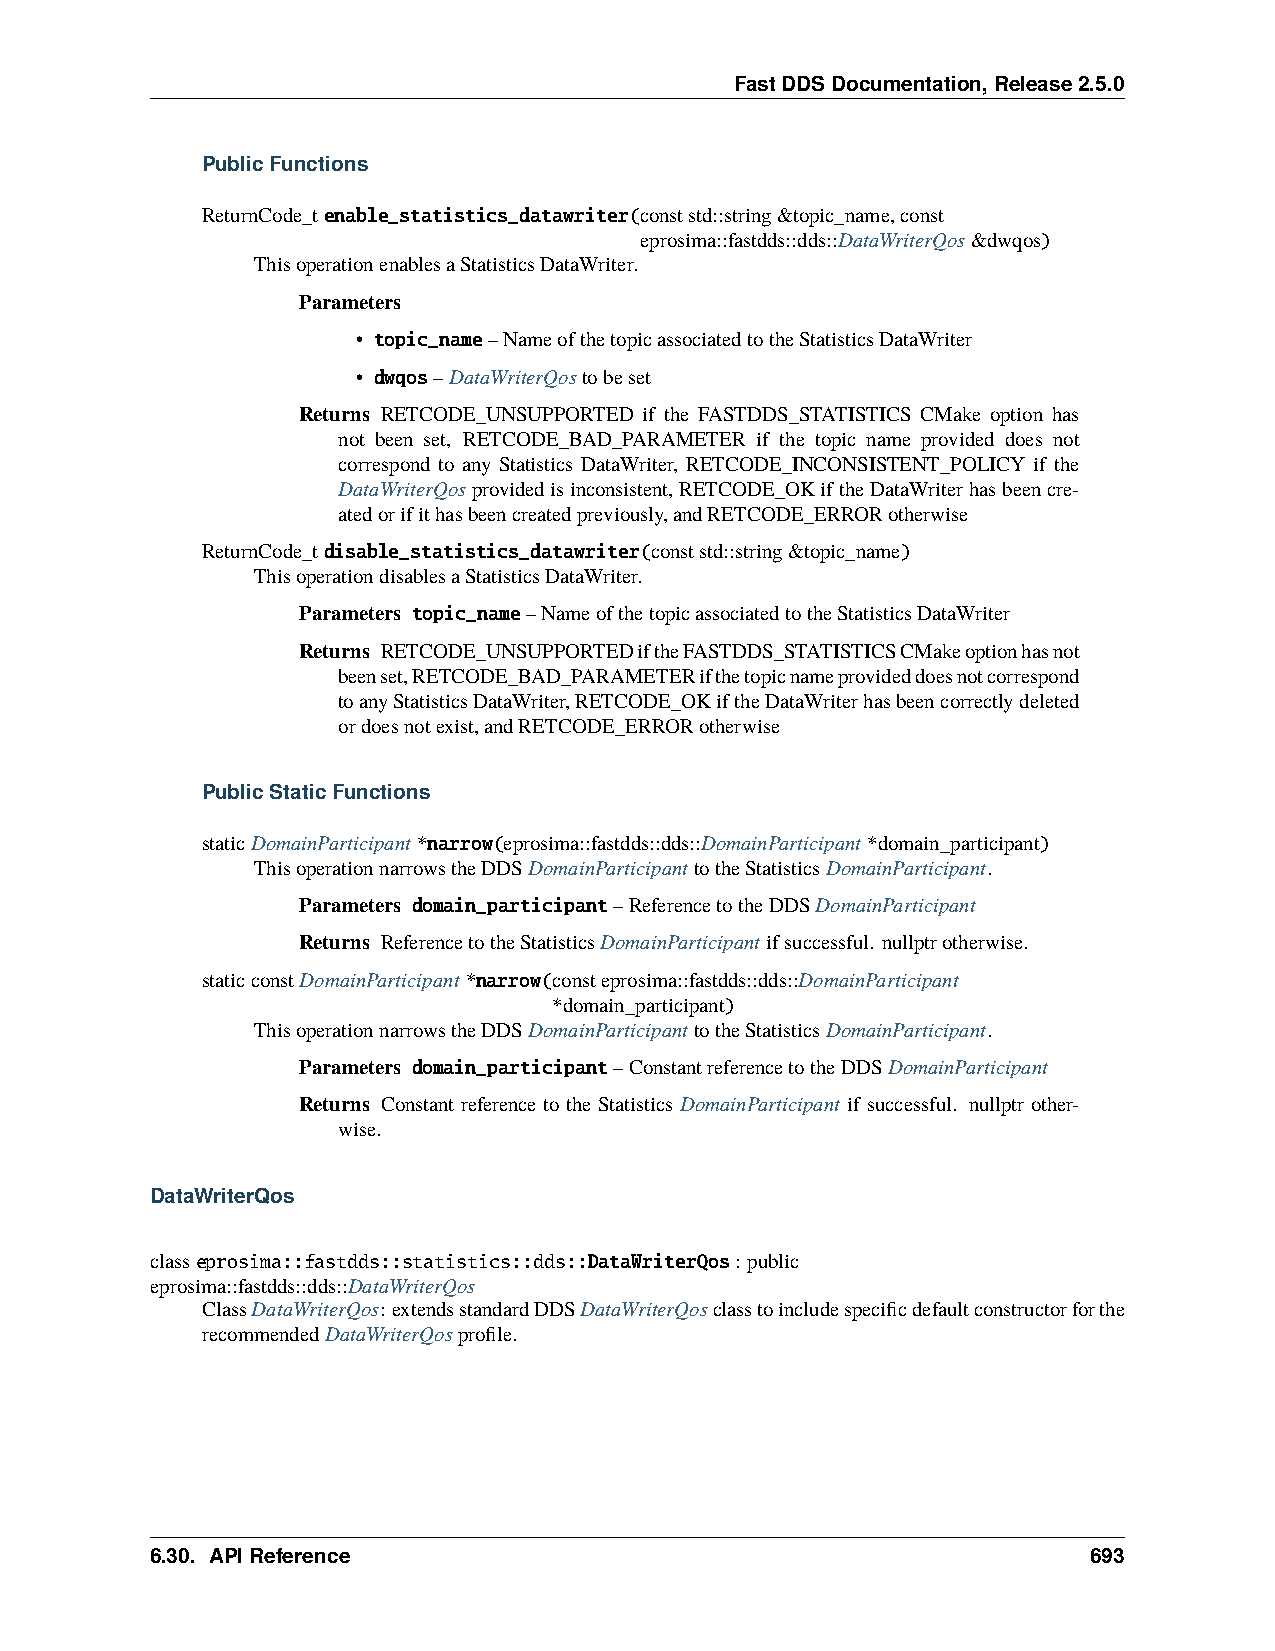
FastDDSDocumentation,Release2.5.0
 PublicFunctions
 ReturnCode_tenable_statistics_datawriter(conststd::string&topic_name,const
 eprosima::fastdds::dds::DataWriterQos&dwqos)
 ThisoperationenablesaStatisticsDataWriter.
 Parameters
 • topic_name–NameofthetopicassociatedtotheStatisticsDataWriter
 • dwqos–DataWriterQostobeset
 Returns RETCODE_UNSUPPORTED if the FASTDDS_STATISTICS CMake option has
 not been set, RETCODE_BAD_PARAMETER if the topic name provided does not
 correspond to any Statistics DataWriter, RETCODE_INCONSISTENT_POLICY if the
 DataWriterQosprovidedisinconsistent,RETCODE_OKiftheDataWriterhasbeencre-
 atedorifithasbeencreatedpreviously,andRETCODE_ERRORotherwise
 ReturnCode_tdisable_statistics_datawriter(conststd::string&topic_name)
 ThisoperationdisablesaStatisticsDataWriter.
 Parameters topic_name–NameofthetopicassociatedtotheStatisticsDataWriter
 Returns RETCODE_UNSUPPORTEDiftheFASTDDS_STATISTICSCMakeoptionhasnot
 beenset,RETCODE_BAD_PARAMETERifthetopicnameprovideddoesnotcorrespond
 toanyStatisticsDataWriter,RETCODE_OKiftheDataWriterhasbeencorrectlydeleted
 ordoesnotexist,andRETCODE_ERRORotherwise
 PublicStaticFunctions
 staticDomainParticipant*narrow(eprosima::fastdds::dds::DomainParticipant*domain_participant)
 ThisoperationnarrowstheDDSDomainParticipanttotheStatisticsDomainParticipant.
 Parameters domain_participant–ReferencetotheDDSDomainParticipant
 Returns ReferencetotheStatisticsDomainParticipantifsuccessful. nullptrotherwise.
 staticconstDomainParticipant*narrow(consteprosima::fastdds::dds::DomainParticipant
 *domain_participant)
 ThisoperationnarrowstheDDSDomainParticipanttotheStatisticsDomainParticipant.
 Parameters domain_participant–ConstantreferencetotheDDSDomainParticipant
 Returns Constant reference to the Statistics DomainParticipant if successful. nullptr other-
 wise.
 DataWriterQos
 classeprosima::fastdds::statistics::dds::DataWriterQos: public
 eprosima::fastdds::dds::DataWriterQos
 ClassDataWriterQos: extendsstandardDDSDataWriterQosclasstoincludespecificdefaultconstructorforthe
 recommendedDataWriterQosprofile.
 6.30. APIReference                                            693